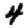
Digit: 4